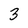
Character: 3